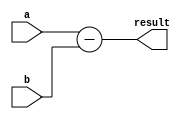
module comb_subtractor(input [3:0] a, b, output reg [3:0] result);

always @(*) begin
    result = a - b;
end

endmodule